Vital statistics of India. Vol. V, Reports of 1876 on armies & jails and on epidemic cholera
Year: 1876
Disease focus: Cholera
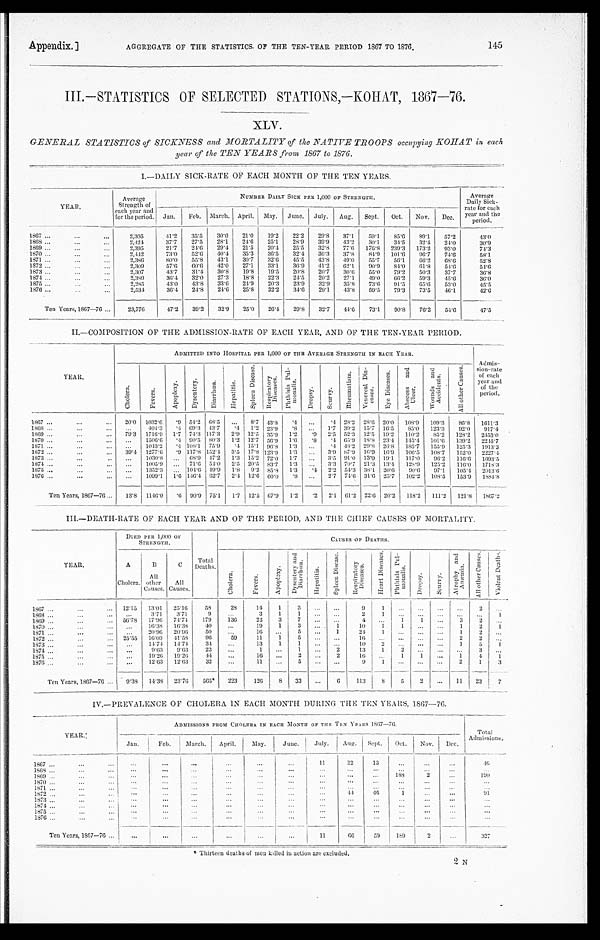
Appendix.]
AGGREGATE OF THE STATISTICS OF THE TEN-YEAR PERIOD 1867 TO 1876.
145
III.—STATISTICS OF SELECTED STATIONS,—KOHAT, 1867—76.
XLV.
GENERAL STATISTICS of SICKNESS and MORTALITY of the NATIVE TROOPS occupying KOHAT in each
year of the TEN YEARS from 1867 to 1876.
I.—DAILY SICK-RATE OF EACH MONTH OF THE TEN YEARS.
YEAR.
Average
Strength of
each year and
for the period.
NUMBER DAILY SICK PER 1,000 OF STRENGTH.
Average
Daily Sick-
rate for each
year and
period.
Jan.
Feb.
M a r c h . April.
May.
June.
July.
Aug.
Sept.
Oct.
Nov.
Dec.
1867 . . .
2,305
41.2
35.5
30.0
21.0
19.2
22.2
29.8
37.1
59.1
85.6
89.1
57.2
4 3 . 0
1868 . . .
2, 424
37.7
27.5
28.1
24.6
25.1
28.9
39.9
43.2
30.1
34.5
32.4
24.0
3 0 . 9
1869 . . .
2.395
21.7
24.6
29.4
21.5
20.4
25.5
32.8
7 7 . 6
176.8
239.3
173.2
93.0
7 4 . 3
1870 . . .
2, 442
73.0
52.6
40.4
35.3
36.5
32.4
36.3
37.8
84.9
101.6
96.7
74.6
58.1
1871 . . .
2,386
80.0
55.8
43.1
30.7
32.6
45.5
43.8
49.0
55.7
56.1
66.2
68.6
52.8
1872 . . .
2,309
57.6
60.6
42.0
27.1
33.1
36.9
41.2
62.1
90.9
84.0
61.8
54.6
54.6
1873 . . .
2,307
43.7
31.4
30.8
19.8
19.5
20.8
20.7
30.6
55.0
79.2
50.3
37.7
36.8
1874 . . .
2,389
36.4
32.0
27.3
18.8
22.3
24.5
20.2
27.1
49.0
66.2
59.3
45.6
36.0
1875 . . .
2,285
43.0
43.8
33.6
24.9
20.3
23.9
32.9
35.8
73.6
91.5
6 5 . 6
53.0
45.5
1876 . . .
2, 534
36.4
24.8
24.6
25.8
32.2
34.6
29.1
43.8
59.5
79.3
73.5
4 6 . 1
42.6
Ten Years, 1867—76 . . .
23,776
47.2
39.2
32.9
25.0
26.4
29.8
32.7
44.6
73.1
90.8
76.2
54.6
47.5
II.—COMPOSITION OF THE ADMISSION-RATE OF EACH YEAR, AND OF THE TEN-YEAR PERIOD.
Y E A R .
ADMITTED INTO HOSPITAL PER 1,000 OF THE AVERAGE STRENGTH IN EACH YEAR.
Admis-
sion-rate
of each
year and
of the
period.
C h o l e r a .
F e v e r s .
A p o p l e x y .
D y s e n t e r y .
D i a r r h œ a .
H e p a t i t i s .
S p l e e n D i s e a s e .
Re s pi r a t or y Di s e a s e s .
P h t h i s i s P u l - m o n a l i s .
D r o p s y .
S c u r v y .
R h e u m a t i s m .
Ve n e r e a l Di s - e a s e s .
E y e D i s e a s e s .
A b s c e s s a n d U l c e r .
W o u n d s a n d A c c i d e n t s .
A l l o t h e r C a u s e s .
1 8 6 7 . . .
20.0
1032.6
.9 54.2 68.5
. . .
8.7 43.8
.4
. . .
.4 28.2
28.6 20.0
108.9
109.3
86.8
1611.3
1868 . . .
. . . 404.3
. 4 69.3 43.7
.4
1.2 23.9
.8
. . .
1.7 39.2
15.7
16.5
85.0
123.3
92.0
9 1 7 . 4
1869 . . .
79.3
1716.9
1.7 74.3 117.3
2.9
12.5 35.9
1.2
.9
2.5 52.3
12.5
19.2
110.2
85.2
128.2
2453.0
1870 . . .
. . . 1506.60
.4
90.5 80.3
1.2
12.7 56.9
1.6
.8
. 4 65.9
18.8 23.4
145.4
101.6
139.2
2245.7
1871 . . .
. . . 1043.2
.4 108.1
75.9
.4 15.1 96.8
1.3
. . .
. 4 48.2 29.8 26.8
185.7
155.9
125.3
1913.3
1872 . . .
39.4
1277.6
.9 117.8 152.4
3.5
17.8 123.9
1.3
. . .
3.9 87.9
16.9
16.9
106.5
108.7
152.0
2 2 2 7 . 4
1873 . . .
. . . 1030.8
. . .
68.9 47.2
1.3
15.2 72.0
1.7
. . .
3.5 91.0
13.0 19.1
117.0
96.2
116.6
1693. 5
1874 . . .
. . . 1005.9
. . .
71.6 54.0
2.5 20.5 83.7
1.3
. . .
3.3 70.7 21.3
13.4
128.9
125.2
116..0
1718.3
1875 . . .
. . . 1352.3
. . . 104.6 49.9
1.8
9.2 85.8
1.3
.4
2.2 54.3 38.1
20.6
90.6
97.1
105.4
2013. 6
1 8 7 6 . . .
. . . 1099.1
1.6 146.4 62.7
2.4
12.6 60.0
.8
. . .
2.7
74.6 31.6
25.7
102.2
108.5
153.9
1884.8
Ten Years, 1867—76 . . .
13.8
1146.0
.6
90.9 75.1
1.7
12.5 67.9
1.2
.2
2.1
61.2 22.6
20.2
118.2
111.2
121.8
1867.2
III.—DEATH-RATE OF EACH YEAR AND OF THE PERIOD, AND THE CHIEF CAUSES OF MORTALITY.
YEAR.
DIED PER 1,000 OF
STRENGTH.
Total
Deaths.
C A U S E S 0 F D E A T H S .
A
B
C
C h o l e r a .
F e v e r s .
A p o p l e x y .
D y s e n t e r y a n d D i a r r h œ a .
H e p a t i t i s .
S p l e e n D i s e a s e .
R e s p i r a t o r y D i s e a s e s .
H e a r t D i s e a s e s .
P h t h i s i s P u l - m o n a l i s .
D r o p s y .
S c u r v y .
A t r o p h y a n d A n æ m i a .
A l l o t h e r C a u s e s .
V i o l e n t D e a t h s .
Cholera.
All
other
Causes.
All
Causes.
1867 . . .
12.15
13.01
25.16
58
28
14
1
3
. . .
. . .
9
1
. . .
. . .
. . .
. . .
2
. . .
1868 . . .
. . . 3.71
3.71
9
. . .
3
1
1
. . .
. . .
2
1
. . .
. . .
. . .
. . .
. . .
1
1869 . . .
56.78
17.96
74.74
179
136
22
3
7
. . .
. . .
4
. . .
1
1
. . .
3
2
. . .
1870 . . .
. . . 16.38
16.38
40
. . .
19
1
3
. . .
1
1 0
1
1
. . .
. . .
1
2
1
1871 . . .
. . . 20.96
20.96
50
. . .
16
. . .
5
. . .
1
24
1
. . .
. . .
. . .
1
2
. . .
1872 . . .
25.55
16.03
41.58
96
59
11
1
5
. . .
. . .
16
. . .
. . .
. . .
. . .
2
2
. . .
1573 . . .
. . . 14.74
14.74
34
. . .
13
1
1
. . .
. . .
10
2
. . .
. . .
. . .
1
5
1
1874 . . .
. . . 9.63
9.63
23
. . .
1
. . .
1
. . .
2
13
1
2
. . .
. . .
. . .
3
. . .
1875 . . .
. . . 19.26
19.26
44
. . .
16
. . .
2
. . .
2
16
. . .
1
1
. . .
1
4
1
1876 . . .
. . . 12.63
12.63
32
. . .
11
. . .
5
. . .
. . .
9
1
. . .
. . .
. . .
2
1
3
Ten Years, 1867—76 . . .
9 . 3 8 14.38
23.76
565*
223
126
8
33
. . .
6
113
8
5
2
. . .
11
23
7
IV.—PREVALENCE OF CHOLERA IN EACH MONTH DURING THE TEN YEARS, 1867—76.
YEAR.
ADMISSIONS FROM CHOLERA IN EACH MONTH OF THE TEN YEARS 1867—76.
Total
Admissions.
Jan.
Feb.
March.
April.
May.
June.
July.
Aug.
Sept.
Oct.
Nov.
Dec.
1867 . . .
. . .
. . .
. . .
. . .
. . .
. . .
11
22
13
. . .
. . .
. . .
4 6
1868 . . .
. . .
. . .
. . .
. . .
. . .
. . .
. . .
. . .
. . .
. . .
. . .
. . .
. . .
1869 . . .
. . .
. . .
. . .
. . .
. . .
. . .
. . .
. . .
. . .
188
2
. . .
190
1870 . . .
. . .
. . .
. . .
. . .
. . .
. . .
. . .
. . .
. . .
. . .
. . .
. . .
. . .
1871 . . .
. . .
. . .
. . .
. . .
. . .
. . .
. . .
. . .
. . .
. . .
. . .
. . .
. . .
1872 . . .
. . .
. . .
. . .
. . .
. . .
. . .
. . .
44
4 6
1
. . .
. . .
91
1873 . . .
. . .
. . .
. . .
. . .
. . .
. . .
. . .
. . .
. . .
. . .
. . .
. . .
. . .
1874 . . .
. . .
. . .
. . .
. . .
. . .
. . .
. . .
. . .
. . .
. . .
. . .
. . .
. . .
1875 . . .
. . .
. . .
. . .
. . .
. . .
. . .
. . .
. . .
. . .
. . .
. . .
. . .
. . .
1876 . . .
. . .
. . .
. . .
. . .
. . .
. . .
. . .
. . .
. . .
. . .
. . .
. . .
. . .
Ten Years, 1867—76 . . .
. . .
. . .
. . .
. . .
. . .
. . .
11
6 6
59
189
2
. . .
327
* Thirteen deaths of men killed in action are excluded.
2 N